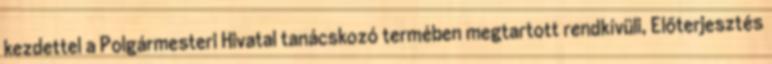
kezdettel a Polgármesteri Hivatal tanácskozó termében megtartott rendkívüli, Előterjesztés